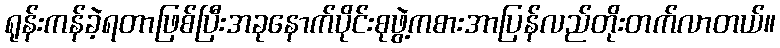
ရုန်းကန်ခဲ့ရတာဖြစ်ပြီးအခုနောက်ပိုင်းစုဖွဲ့ကစားအာပြန်လည်တိုးတက်လာတယ်။